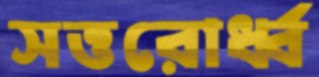
সত্তরোর্ধ্ব